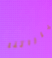
خياراتنا